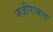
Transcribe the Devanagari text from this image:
नजीराबाद